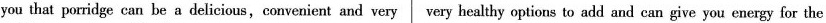
you that porridge can be a delicious,convenient and very very healthy options to add and can give you energy for the